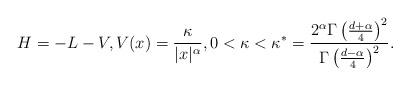
LaTeX: \begin{align*} H=-L-V, V(x) = \frac{\kappa}{|x|^{\alpha}}, 0 < \kappa < \kappa^*= \frac{2^\alpha \Gamma\left(\frac{d+\alpha}{4}\right)^2}{\Gamma\left(\frac{d-\alpha}{4}\right)^2}.\end{align*}